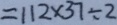
= 1 1 2 \times 3 7 \div 2